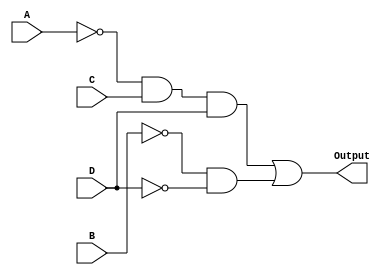
module kmap_comb_logic (
    input wire A,  // Input variable A
    input wire B,  // Input variable B
    input wire C,  // Input variable C
    input wire D,  // Input variable D
    output wire Output  // Output of the combinational logic
);

// Implementing the simplified expression: Output = A'CD + B'D'
assign Output = (~A & C & D) | (~B & ~D);

endmodule